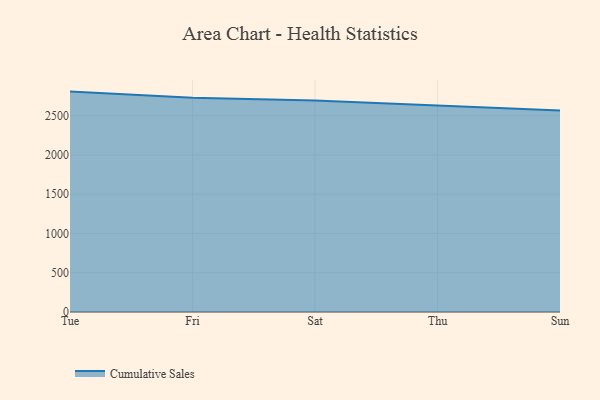
{"axis": {"x": "Day", "y": "Inventory Turnover"}, "legend": ["Cumulative Sales"], "data": [{"x": "Tue", "y": 2806.7, "type": "Cumulative Sales"}, {"x": "Fri", "y": 2729.4, "type": "Cumulative Sales"}, {"x": "Sat", "y": 2693.9, "type": "Cumulative Sales"}, {"x": "Thu", "y": 2629.1, "type": "Cumulative Sales"}, {"x": "Sun", "y": 2567.3, "type": "Cumulative Sales"}]}